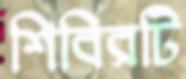
শিবিরটি